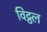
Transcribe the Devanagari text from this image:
विट्ठल